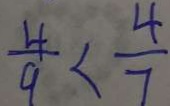
\frac { 4 } { 9 } < \frac { 4 } { 7 }